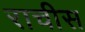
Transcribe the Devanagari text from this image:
राचीस